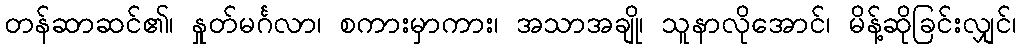
တန်ဆာဆင်၏၊ နှုတ်မင်္ဂလာ၊ စကားမှာကား၊ အသာအချို၊ သူနာလိုအောင်၊ မိန့်ဆိုခြင်းလျှင်၊